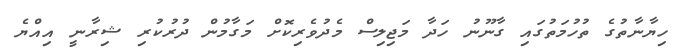
ހިޔާނާތުގެ ތުހުމަތުގައި ގާނޫނު ހަދާ މަޖިލިސް މެދުވެރިކޮށް މަގާމުން ދުރުކުރި ޝިރާނީ އިއްޔެ